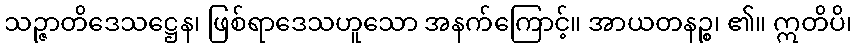
သဉ္ဇာတိဒေသဋ္ဌေန၊ ဖြစ်ရာဒေသဟူသော အနက်ကြောင့်။ အာယတနဉ္စ၊ ၏။ ဣတိပိ၊